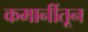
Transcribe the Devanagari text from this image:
कमानींतून